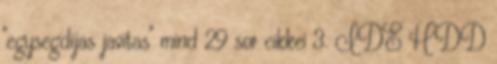
"egysegdijas javitas" mind 29 sor cikkei 3. IDE HDD